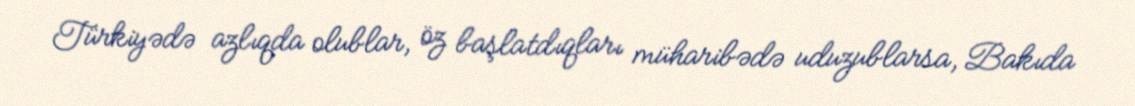
Türkiyədə azlıqda olublar, öz başlatdıqları müharibədə uduzublarsa, Bakıda